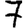
Digit: 7